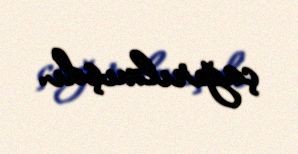
çağırılmışdı.